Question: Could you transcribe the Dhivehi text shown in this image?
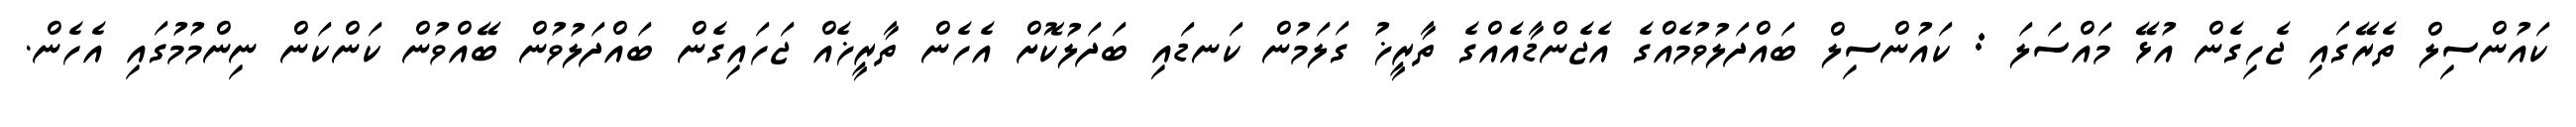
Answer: ކައުންސިލް ތެރޭގައި ޖެހިގެން އުޅޭ މައްސަލަ : ކައުންސިލް ބައްދަލުވުމެއްގެ އެޖެންޑާއެއްގެ ތާރީޚު ގަލަމުން ކަނޑައި ބަދަލުކޮށް އެހެން ތާރީޚެއް ޖަހައިގެން ބައްދަލުވުން ބޭއްވުން ކަންކަން ނިންމުމުގައި އެހެން.